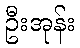
ဦးအုန်း